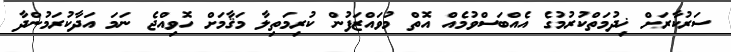
ސަރުކާރަށް ޚިދުމަތްކުރުމުގެ އެއްބަސްވުމެއް އޮތް މުވައްޒަފުން ކުރިމަތިލާ މަޤާމަށް ހޮވިއްޖެ ނަމަ އަދާކުރަމުންދާ